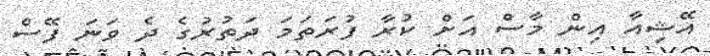
އޭޝިއާ އިން މާސް އަށް ކުރާ ފުރަތަމަ ދަތުރުގެ ދެ ވަނަ ފޭސް